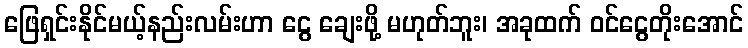
ဖြေရှင်းနိုင်မယ့်နည်းလမ်းဟာ ငွေ ချေးဖို့ မဟုတ်ဘူး၊ အခုထက် ဝင်ငွေတိုးအောင်